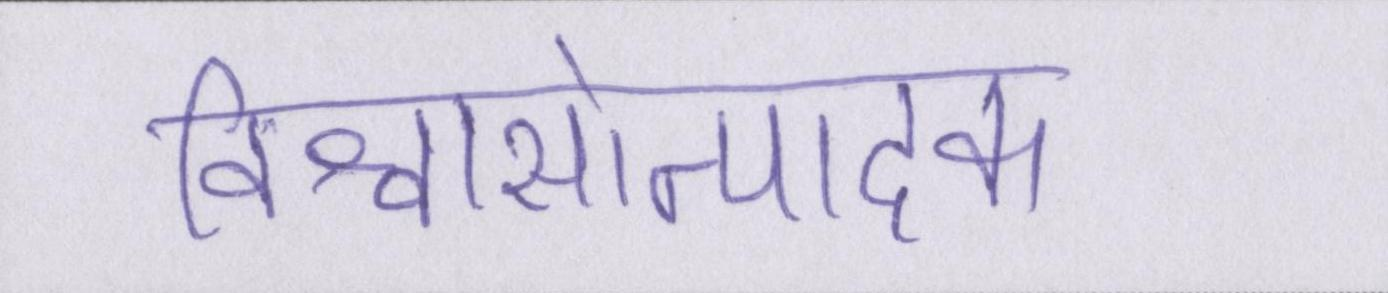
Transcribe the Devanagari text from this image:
विश्वासोत्पादक